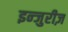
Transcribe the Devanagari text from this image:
इन्जुरीज़